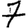
Digit: 7